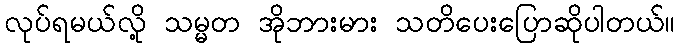
လုပ်ရမယ်လို့ သမ္မတ အိုဘားမား သတိပေးပြောဆိုပါတယ်။